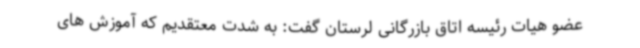
عضو هیات رئیسه اتاق بازرگانی لرستان گفت: به شدت معتقدیم که آموزش های